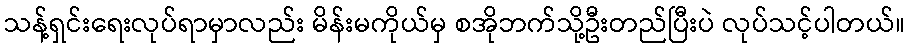
သန့်ရှင်းရေးလုပ်ရာမှာလည်း မိန်းမကိုယ်မှ စအိုဘက်သို့ဦးတည်ပြီးပဲ လုပ်သင့်ပါတယ်။